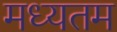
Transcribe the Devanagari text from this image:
मध्यतम